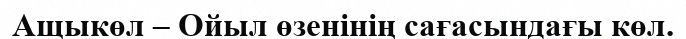
Ащыкөл – Ойыл өзенінің сағасындағы көл.